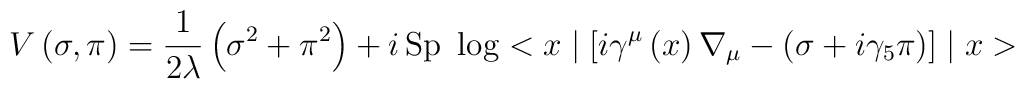
V \left(\sigma , \pi \right) = \frac{1}{2 \lambda} \left(\sigma^2 + \pi^2 \right) + i\,{\rm Sp}\  \log <x\mid  \left[ i\gamma^{\mu}\left( x \right) \nabla_{\mu} - \left(\sigma + i \gamma_5 \pi\right) \right] \mid x>